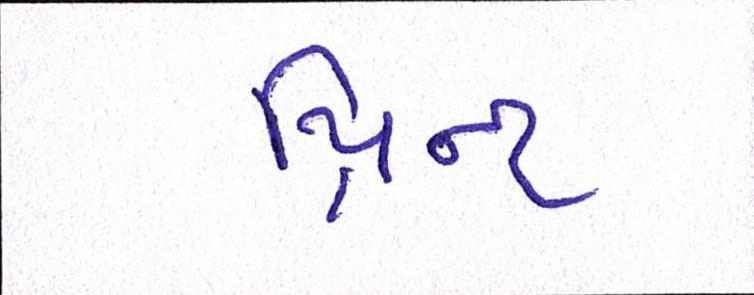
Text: પ્રિન્ટ